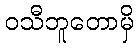
ဝသီဘူတောမှိ